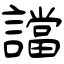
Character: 譡